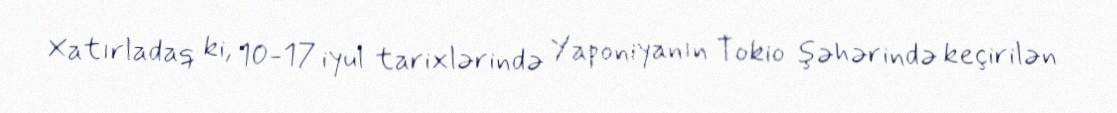
Xatırladaq ki, 10-17 iyul tarixlərində Yaponiyanın Tokio şəhərində keçirilən